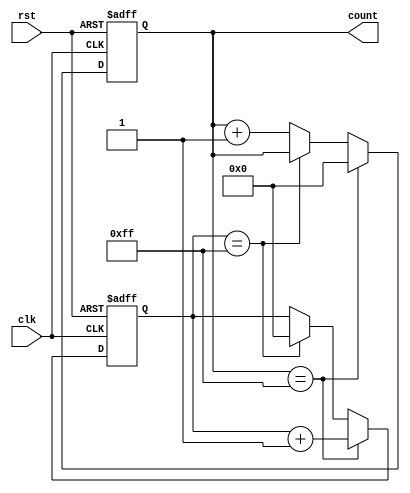
module CascadedCounter(
    input wire clk,
    input wire rst,
    output reg [7:0] count
);

reg [7:0] counter1, counter2, counter3; // Add more counters as needed

always @(posedge clk or posedge rst) begin
    if (rst) begin
        counter1 <= 8'b0;
        counter2 <= 8'b0;
        counter3 <= 8'b0;
        // Initialize more counters if needed
    end else begin
        if (counter1 == 8'hFF) begin
            counter1 <= 8'b0;
            counter2 <= counter2 + 1;
        end else if (counter2 == 8'hFF) begin
            counter2 <= 8'b0;
            counter3 <= counter3 + 1;
            // Update more counters if needed
        end else begin
            counter1 <= counter1 + 1;
        end
    end
end

assign count = {counter3, counter2, counter1}; // Concatenate counters for overall count value

endmodule